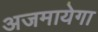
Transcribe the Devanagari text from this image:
अजमायेगा